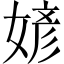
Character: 𪦎